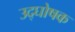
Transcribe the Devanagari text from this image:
उद्‍घोषक